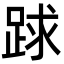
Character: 䟵